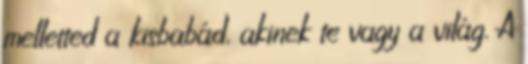
melletted a kisbabád, akinek te vagy a világ. A